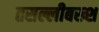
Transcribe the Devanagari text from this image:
तसल्लीबख्श